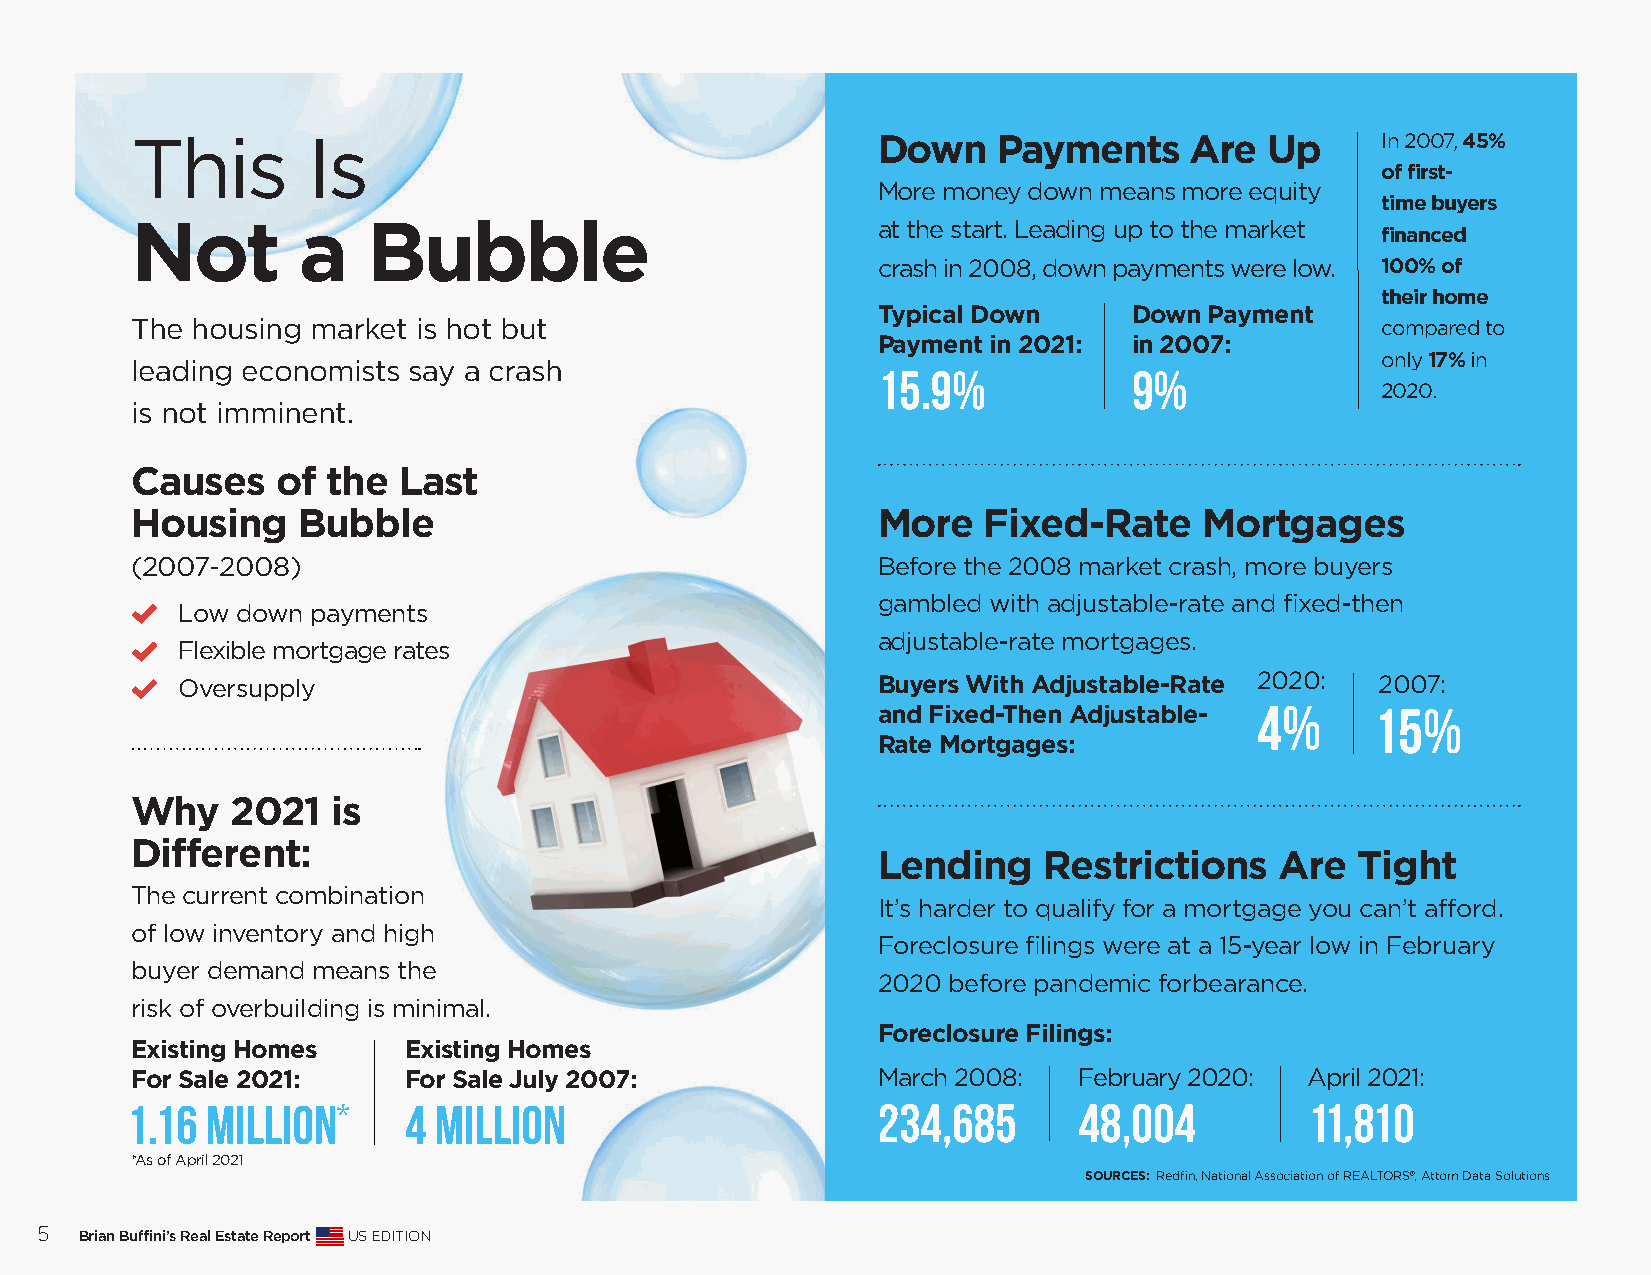
This       Is                                    Down    Payments     Are  Up     In 2007, 45%
 of first-
 More money down means more equity
 time buyers
 Not        a   Bubble                            at the start. Leading up to the market financed
 crash in 2008, down payments were low. 100% of
 their home
 Typical Down     Down Payment
 The housing market is hot but                                                     compared to
 Payment in 2021: in 2007:
 only 17% in
 leading economists say a crash                   15.9%            9%
 2020.
 is not imminent.
 Causes   of  the Last
 Housing    Bubble                                More   Fixed-Rate     Mortgages
 (2007-2008)                                      Before the 2008 market crash, more buyers
 gambled with adjustable-rate and fixed-then
 Low down payments
 adjustable-rate mortgages.
 Flexible mortgage rates
 Oversupply                                    Buyers With Adjustable-Rate 2020: 2007:
 and Fixed-Then Adjustable- 4%    15%
 Rate Mortgages:
 Why   2021   is
 Different:
 Lending    Restrictions    Are  Tight
 The current combination
 It’s harder to qualify for a mortgage you can’t afford.
 of low inventory and high
 Foreclosure filings were at a 15-year low in February
 buyer demand means the
 2020 before pandemic forbearance.
 risk of overbuilding is minimal.
 Foreclosure Filings:
 Existing Homes    Existing Homes
 For Sale 2021:    For Sale July 2007:            March 2008:  February 2020: April 2021:
 1.16  million*     4 million                      234,685      48,004         11,810
 *As of April 2021
 SOURCES: Redfin, National Association of REALTORS®, Attom Data Solutions
 5  Brian Buffini’s Real Estate Report US EDITION